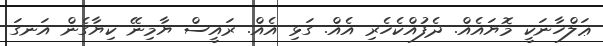
ޢަލްހާނަކީ މޮޔައެއް. ދެފުއްކެހެރި އެއް. ގަޅި އެއް. ރައީސް ޔާމިނޭ ކިޔާގެން އަނގަ